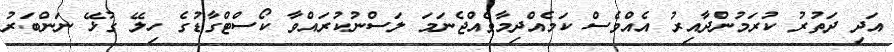
އަދި ދަތުރު ކުރަމުންދާއިރު އެއްވެސް ކަމެއްދިމާވެއްޖެނަމަ ލަސްނުކުރައްވާ ކޯސްޓްގާޑުގެ ހިލޭ ގުޅޭ ނަންބަރު